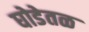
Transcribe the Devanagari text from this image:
घोडेतळ